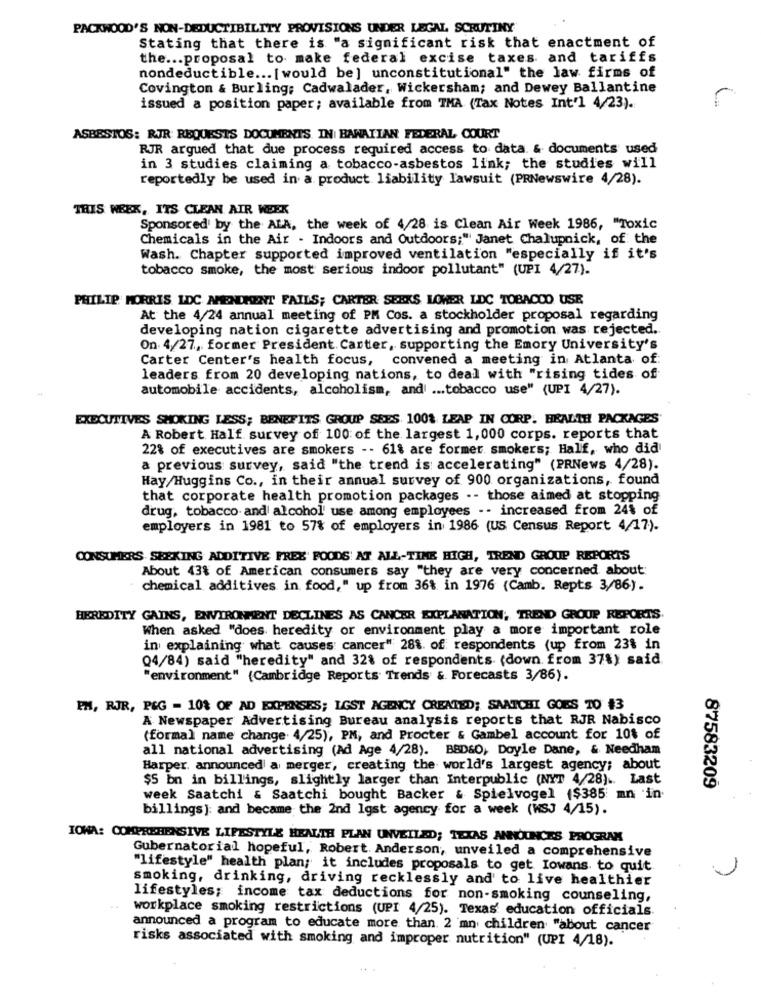
PACKWOOD'S NON-DEDUCTIBILITY PROVISIONS UNDER LEGAL SCRUTINY
Stating that there is "a significant risk that enactment of
the ... proposal to make federal excise taxes and tariffs
nondeductible ... [ would be] unconstitutional" the law firms of
Covington & Burling: Cadwalader, Wickersham; and Dewey Ballantine
issued a position paper; available from TMA (Tax Notes Int'l 4/23).
ASBESTOS: RJR: REQUESTS DOCUMENTS. IN| HAWAIIAN FEDERAL COURT
RJR argued that due process required access to data & documents used
in 3 studies claiming a tobacco-asbestos link; the studies will
reportedly be used in a product liability lawsuit (PRNewswire 4/28).
THIS WEEK, ITS CLEAN AIR WEEK
Sponsored by the ALA, the week of 4/28 is Clean Air Week 1986, "Toxic
Chemicals in the Air - Indoors and Outdoors;" Janet Chalupnick, of the
Wash. Chapter supported improved ventilation "especially if it's
tobacco smoke, the most serious indoor pollutant" (UPI 4/27).
PHILIP MORRIS LDC AMENDMENT FAILS; CARTER SEEKS LOWER LDC TOBACCO USE
At the 4/24 annual meeting of PM Cos. a stockholder proposal regarding
developing nation cigarette advertising and promotion was rejected.
On 4/27, former President. Carter, supporting the Emory University's
Carter Center's health focus, convened a meeting in Atlanta of:
leaders from 20 developing nations, to deal with "rising tides of
automobile accidents, alcoholism, and ... tobacco use" (UPI 4/27).
EXECUTIVES SMOKING LESS; BENEFITS GROUP SEES. 100% LEAP IN CORP. HEALTH PACKAGES
A Robert Half survey of 100 of the largest 1, 000 corps. reports that
22% of executives are smokers -- 61% are former smokers; Half, who did
a previous survey, said "the trend is accelerating" (PRNews 4/28).
Hay/Huggins Co ., in their annual survey of 900 organizations, found
that corporate health promotion packages .- those aimed at stopping
drug, tobacco and alcohol' use among employees -- increased from 24% of
employers in 1981 to 57% of employers in 1986 (US Census Report 4/17).
CONSUMERS SEEKING ADDITIVE FREE FOODS' AT ALL-TIME HIGH, TREND GROUP REPORTS
About 43% of American consumers say "they are very concerned about:
chemical additives in food," up from 36% in 1976 (Camb. Repts 3/86).
HEREDITY GAINS, ENVIRONMENT DECLINES AS CANCER EXPLANATION, TREND GROUP REPORTS.
When asked "does heredity or environment play a more important role
in explaining what causes cancer" 28%. of respondents (up from 23% in
Q4/84) said "heredity" and 32% of respondents (down from 37%) said
"environment" (Cambridge Reports Trends &. Forecasts 3/86).
EM, RJR, P&G = 10% OF AD EXPENSES; LGST AGENCY CREATED; SAATCHI GOES TO #3
A Newspaper Advertising Bureau analysis reports that RJR Nabisco
(formal name change. 4/25), PM, and Procter & Gambel account for 10% of
all national advertising (Ad Age 4/28). BBDSO, Doyle Dane, & Needham
Harper, announced a merger, creating the world's largest agency; about
$5 bn in billings, slightly larger than Interpublic (NYT 4/28) .. Last
87583209
week Saatchi & Saatchi bought Backer & Spielvogel ($385 mn in
billings): and became the 2nd lgst agency for a week (WSJ 4/15).
IOWA: COMPREHENSIVE LIFESTYLE HEALTH PLAN UNVEILED; TEXAS ANNOUNCES PROGRAM
Gubernatorial hopeful, Robert. Anderson, unveiled a comprehensive
"lifestyle" health plan; it includes proposals to get Iowans. to quit
smoking, drinking, driving recklessly and' to live healthier
lifestyles; income tax deductions for non-smoking counseling,
workplace smoking restrictions (UPI 4/25). Texas' education officials
announced a program to educate more than. 2 mn children "about cancer
risks associated with smoking and improper nutrition" (UPI 4/18).